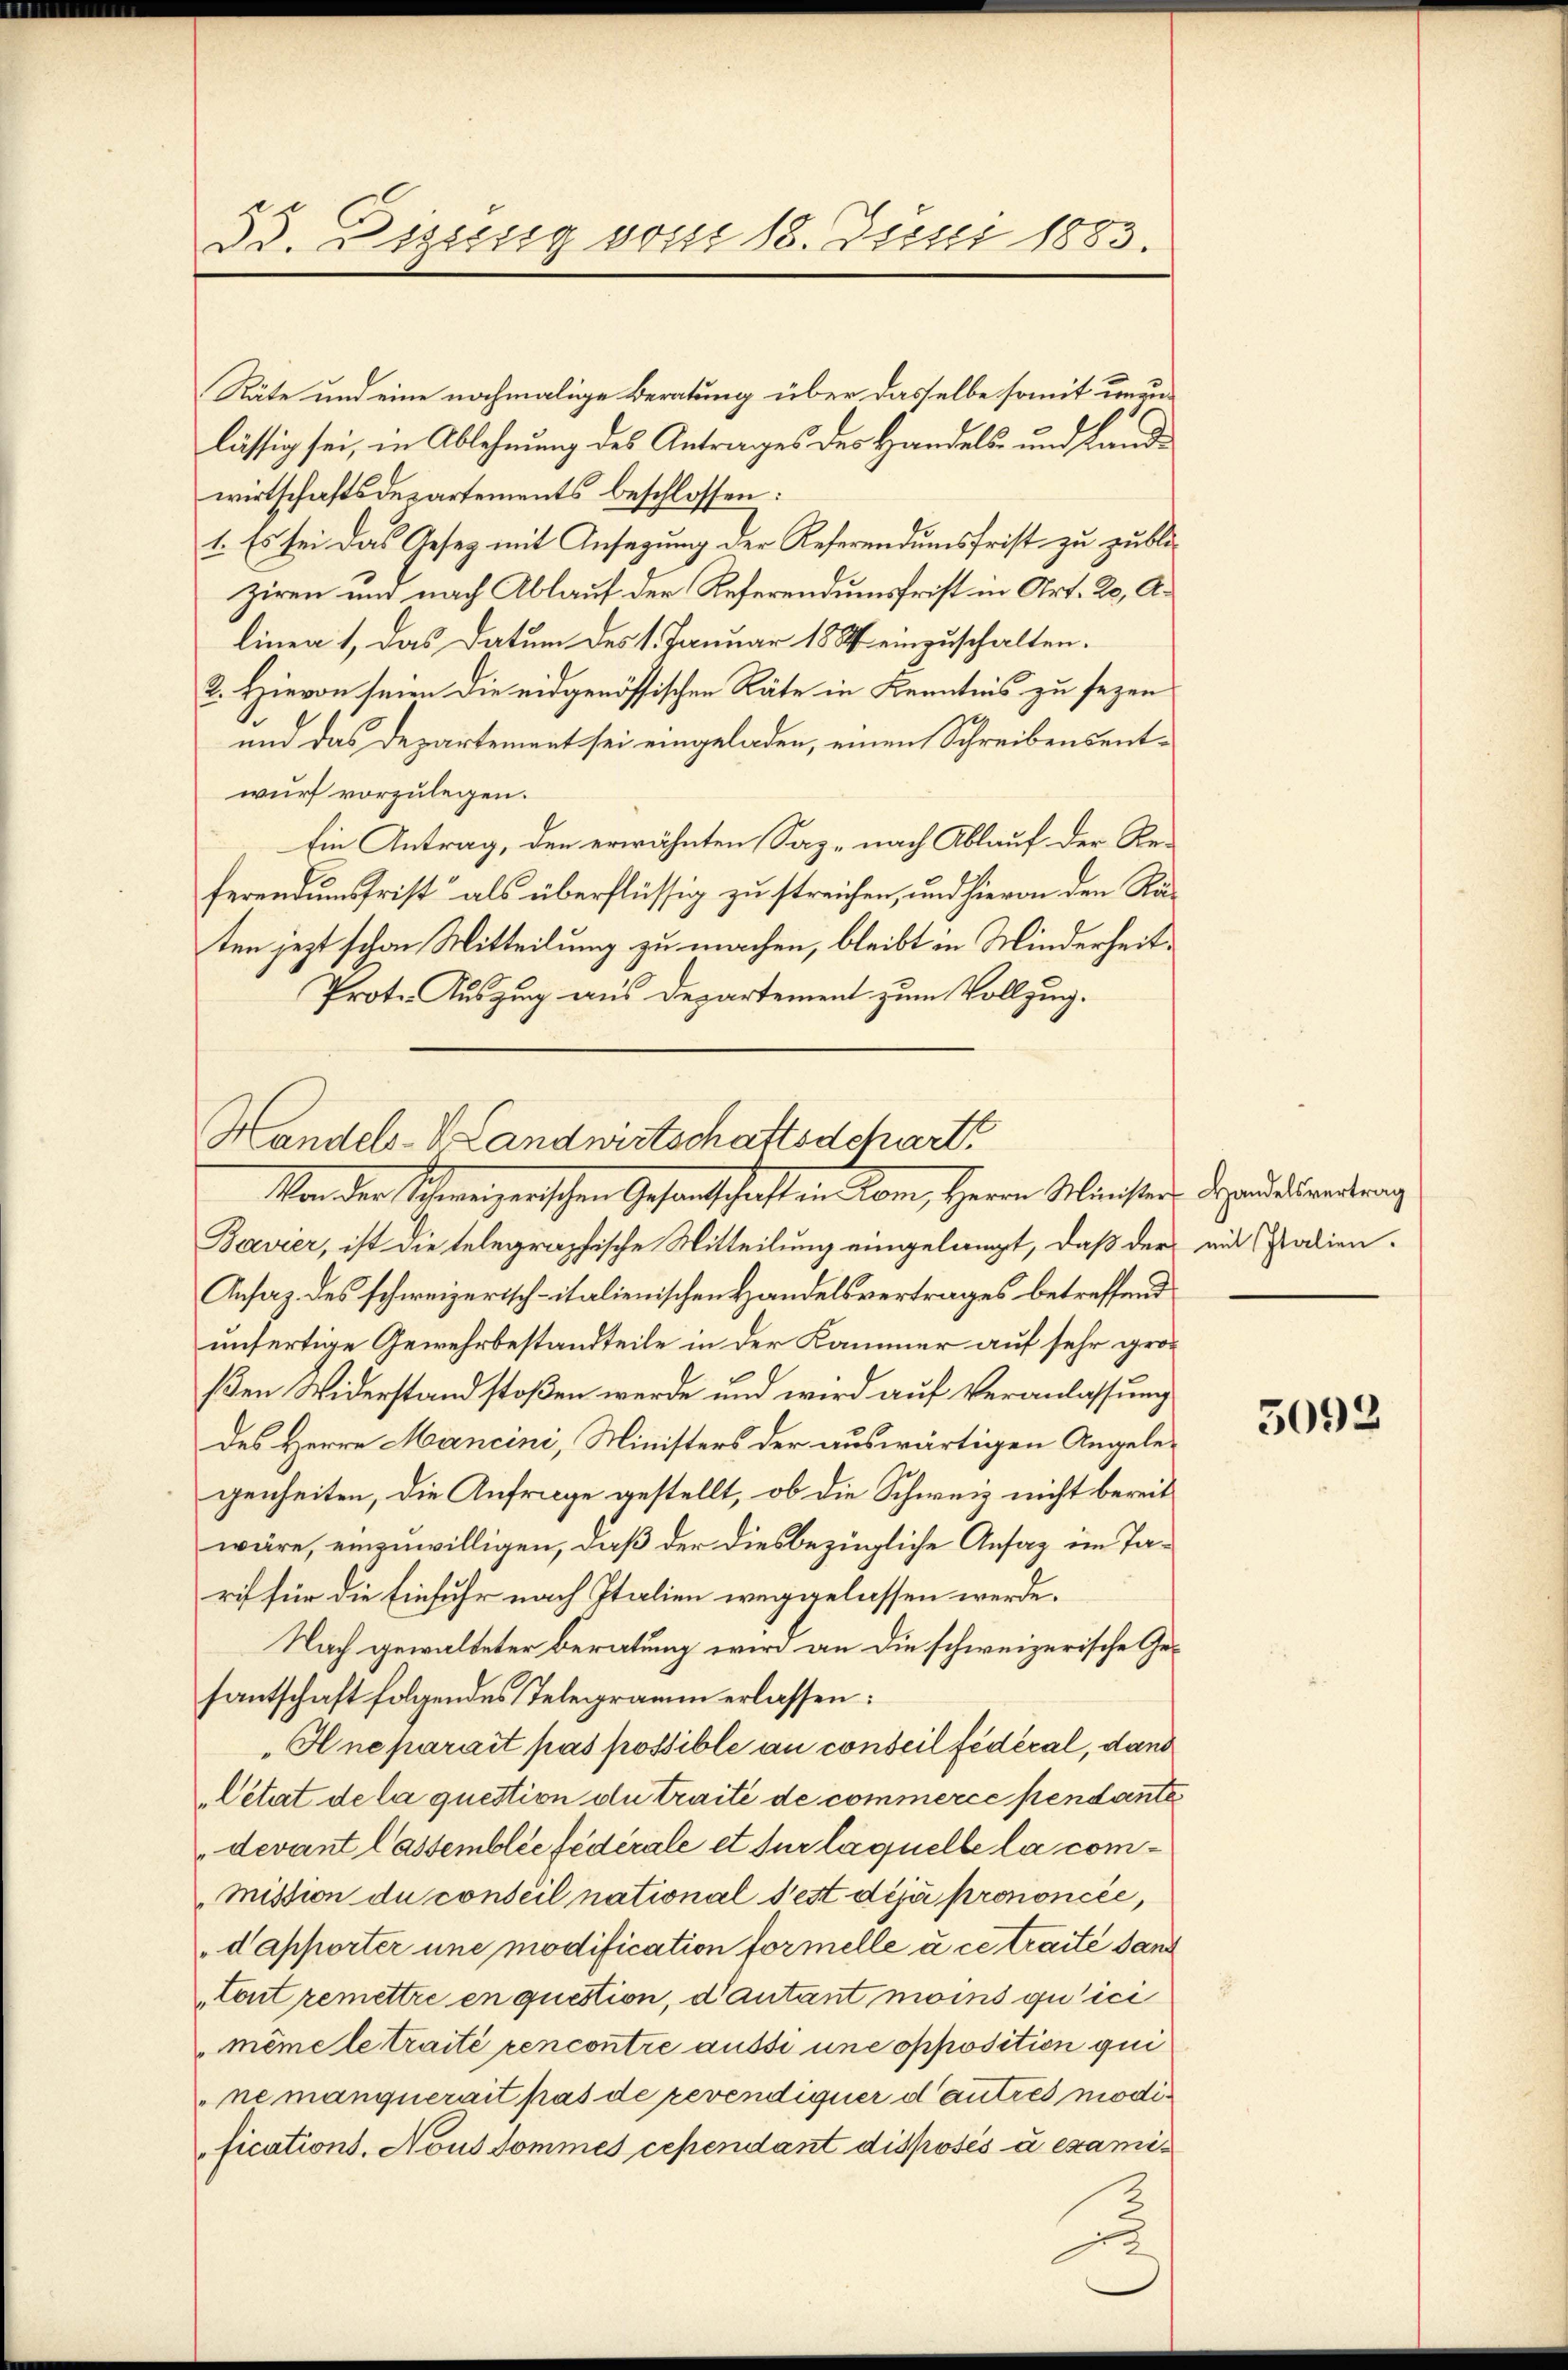
33. Diesig von 18. Juni 1883.

Räte und eine nochmalige Beratung über dasselbe somit unzulässig sei, in Ablehnung des Antrages des Handels- und Landwirtschaftsdepartements beschlossen:
1. Es sei das Gesetz mit Ansagung der Referendumsfrist zu publiziren und nach Ablauf der Referendumsfrist in Art. 20, A.
linen 1, das Datum des 1. Januar 1884 einzuschalten.
2. Hievon seien die eidgenössischen Räte in Kenntnis zu sezen
und das Departement sei eingeladen, einen Schreibensentwurf vorzulegen.
Ein Antrag, den erwähnten Saz. nach Ablauf der Referendumsfrist“ als überflüssig zu streichen, und hievon den Räten jezt schon Mitteilung zu machen, bleibt in Minderheit¬
Proto- Auszug aus Departement zum Vollzug.

Handels-V Landwirtschaftsschart
Sonder Schweizerischen Gesandschaft ein kam, Herrn Münsten. Deputirendung

Bavier, ist die telegraphische Mitteilung eingelangt, daß der mit Patien¬
Ansaz des schweizerisch-italienischen Handelsvertrages betreffend
unfertige Gewehrbestandteile in der Kammer auf sehr großen Widerstand stoßen werde und wird auf Veranlassung
des Herrn Mancini, Ministers der auswärtigen Angelegenheiten, die Anfrage gestellt, ob die Schweiz nicht bereit
wäre, einzuwilligen, daß der diesbezügliche Ansag im Tarif für die Einfuhr nach Italien weggelassen werde.
Nach gewalteter Beratung wird an die schweizerische Gesantschaft folgendes Telegramm erlassen:
Hneparait pas possible an conseil fédéral, dann
Cétat de la question du traité de commerce pendante
devant lassemblée fédérale et sur laquelle la com¬
Mission du conseil national Pest déjà prononcée,
dapporter une modification formelle à ce traité sand
"Tont remettre en question, d’autant moins qu’ici
même le traité rencontre aussi une opposition qui
ne manquerait pas de revendiquer d autres modifications. Nous Sommes cependant disposés à exami¬

5092